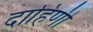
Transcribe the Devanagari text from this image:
दाहिणी